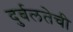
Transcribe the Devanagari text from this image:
दुर्बलतेची